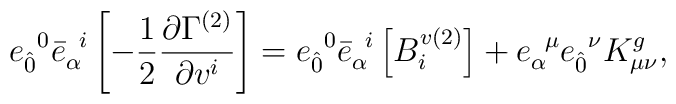
{e}_{ \hat{0}}^{\;\;0} {\bar{e}}_{\alpha}^{\;\; i}\left[- \frac{1}{2} \frac{\partial\Gamma^{(2)}}{\partial v^{i}}\right] =  {e}_{ \hat{0}}^{\;\;0}  {\bar{e}}_{\alpha}^{\;\; i}\left[B^{v(2)}_{i} \right] + {e}_{\alpha}^ {\;\;\mu}{e}_{\hat{0}}^{\;\;\nu} K^{g}_{\mu\nu},